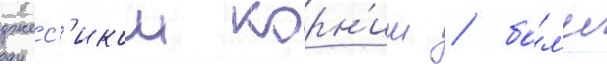
джесс'икои корн'иш / бо́л'ее